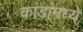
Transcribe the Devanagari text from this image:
कांडांमध्ये